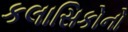
કલાસિકોનો